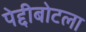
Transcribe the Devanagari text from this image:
पेद्दीबोटला